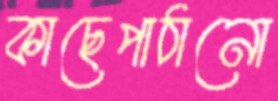
কাছেপাঠানো